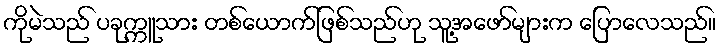
ကိုမဲသည် ပခုက္ကူသား တစ်ယောက်ဖြစ်သည်ဟု သူ့အဖော်များက ပြောလေသည်။